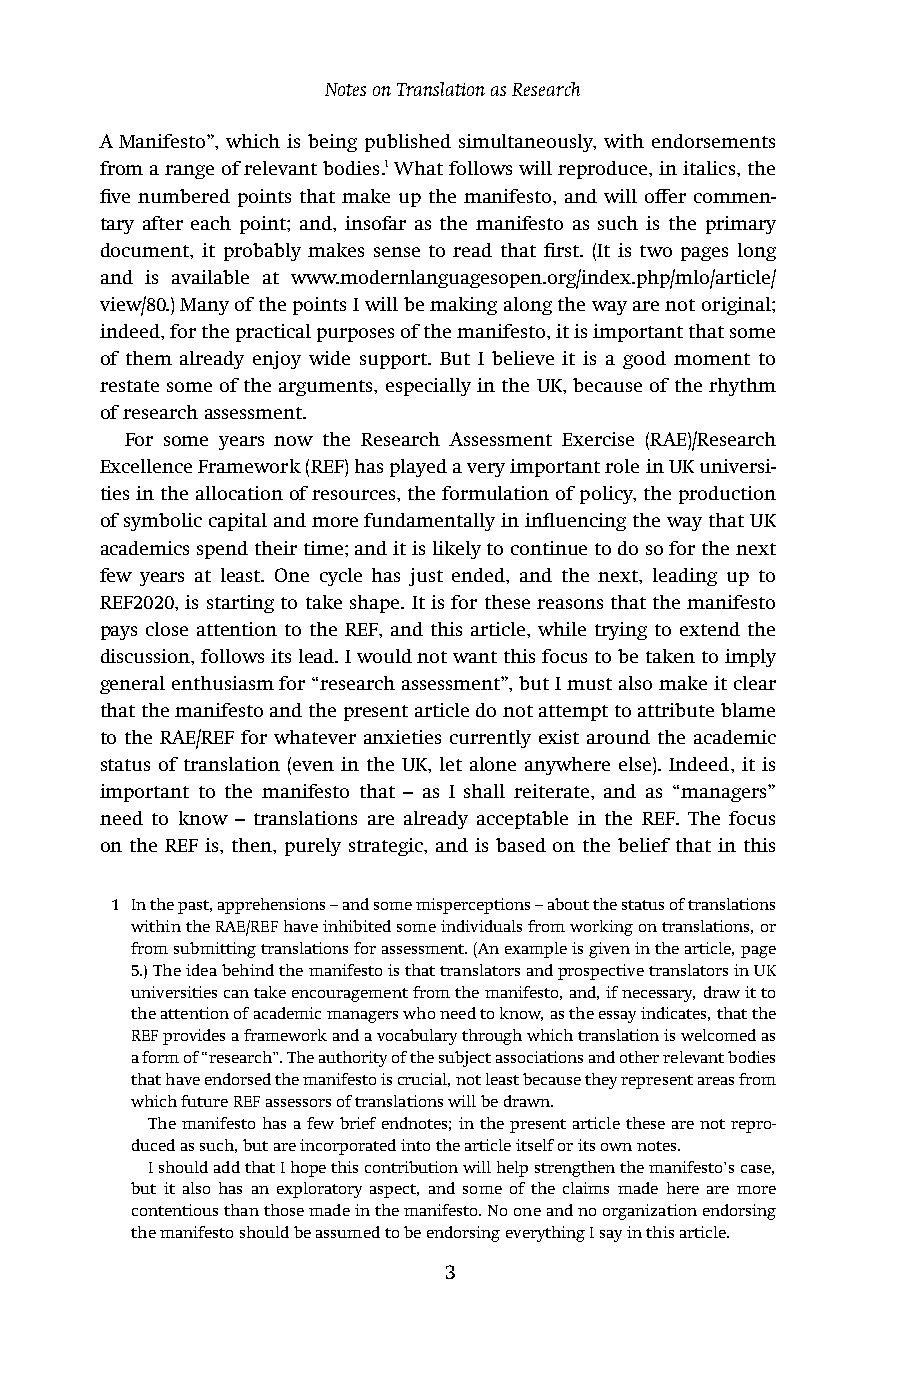
Notes on Translation as Research
 A Manifesto”, which is being published simultaneously, with endorsements
 from a range of relevant bodies.1 What follows will reproduce, in italics, the
 five numbered points that make up the manifesto, and will offer commen-
 tary after each point; and, insofar as the manifesto as such is the primary
 document, it probably makes sense to read that first. (It is two pages long
 and is available at www.modernlanguagesopen.org/index.php/mlo/article/
 view/80.) Many of the points I will be making along the way are not original;
 indeed, for the practical purposes of the manifesto, it is important that some
 of them already enjoy wide support. But I believe it is a good moment to
 restate some of the arguments, especially in the UK, because of the rhythm
 of research assessment.
 For some years now the Research Assessment Exercise (RAE)/Research
 Excellence Framework (REF) has played a very important role in UK universi-
 ties in the allocation of resources, the formulation of policy, the production
 of symbolic capital and more fundamentally in influencing the way that UK
 academics spend their time; and it is likely to continue to do so for the next
 few years at least. One cycle has just ended, and the next, leading up to
 REF2020, is starting to take shape. It is for these reasons that the manifesto
 pays close attention to the REF, and this article, while trying to extend the
 discussion, follows its lead. I would not want this focus to be taken to imply
 general enthusiasm for “research assessment”, but I must also make it clear
 that the manifesto and the present article do not attempt to attribute blame
 to the RAE/REF for whatever anxieties currently exist around the academic
 status of translation (even in the UK, let alone anywhere else). Indeed, it is
 important to the manifesto that – as I shall reiterate, and as “managers”
 need to know – translations are already acceptable in the REF. The focus
 on the REF is, then, purely strategic, and is based on the belief that in this
 1 In the past, apprehensions – and some misperceptions – about the status of translations
 within the RAE/REF have inhibited some individuals from working on translations, or
 from submitting translations for assessment. (An example is given in the article, page
 5.) The idea behind the manifesto is that translators and prospective translators in UK
 universities can take encouragement from the manifesto, and, if necessary, draw it to
 the attention of academic managers who need to know, as the essay indicates, that the
 REF provides a framework and a vocabulary through which translation is welcomed as
 a form of “research”. The authority of the subject associations and other relevant bodies
 that have endorsed the manifesto is crucial, not least because they represent areas from
 which future REF assessors of translations will be drawn.
 The manifesto has a few brief endnotes; in the present article these are not repro-
 duced as such, but are incorporated into the article itself or its own notes.
 I should add that I hope this contribution will help strengthen the manifesto’s case,
 but it also has an exploratory aspect, and some of the claims made here are more
 contentious than those made in the manifesto. No one and no organization endorsing
 the manifesto should be assumed to be endorsing everything I say in this article.
 3